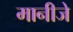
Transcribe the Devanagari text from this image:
मानीजे